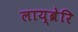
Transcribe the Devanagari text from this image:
लाय्ब्रेरि